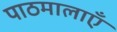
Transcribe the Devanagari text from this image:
पाठमालाएँ